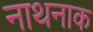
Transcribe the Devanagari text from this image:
नाथनाक